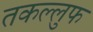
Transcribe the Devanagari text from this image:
तकल्लुफ